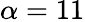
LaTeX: \alpha=11